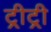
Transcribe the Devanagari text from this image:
ट्रीट्री